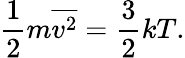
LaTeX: {\frac{1}{2}}m{\overline{{v^{2}}}}={\frac{3}{2}}kT.